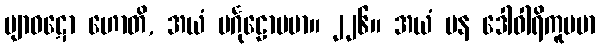
ဗျာဝဋော ဟောတိ, အယံ ပင်္ဂုဠောပမာ။ ၂၂၆။ အယံ ပန ဒေါဝါရိကူပမာ